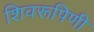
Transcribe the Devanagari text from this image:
शिवरूपिणी